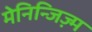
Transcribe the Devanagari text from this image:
मेनिन्जिज़्म